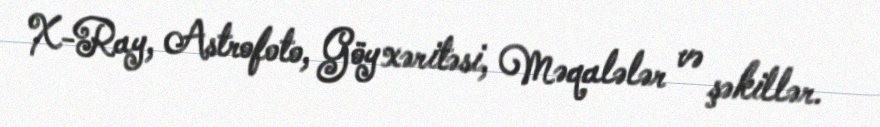
X-Ray, Astrofoto, Göy xəritəsi, Məqalələr və şəkillər.